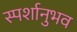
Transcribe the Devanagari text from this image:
स्पर्शानुभव